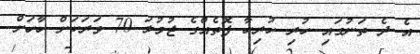
އެ ދެ ތަނުގައި ހުރި ހުރިހާ ފޮތެއްގެ ޖުމުލަ 70 ވަރަކަށް ހާހަށް